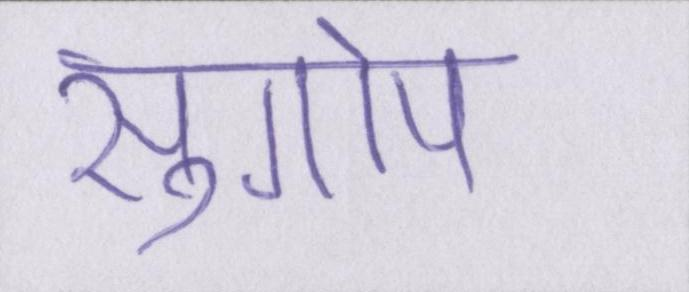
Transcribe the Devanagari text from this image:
सुगोप